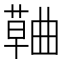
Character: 𮑅